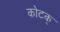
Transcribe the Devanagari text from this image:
कोटक्